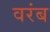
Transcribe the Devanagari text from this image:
वरंब